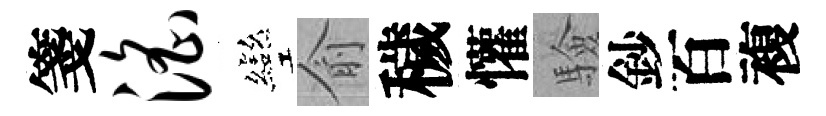
箋淫彎俞穢懽驗鈔百複